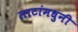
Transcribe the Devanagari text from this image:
लाटांमधुनी